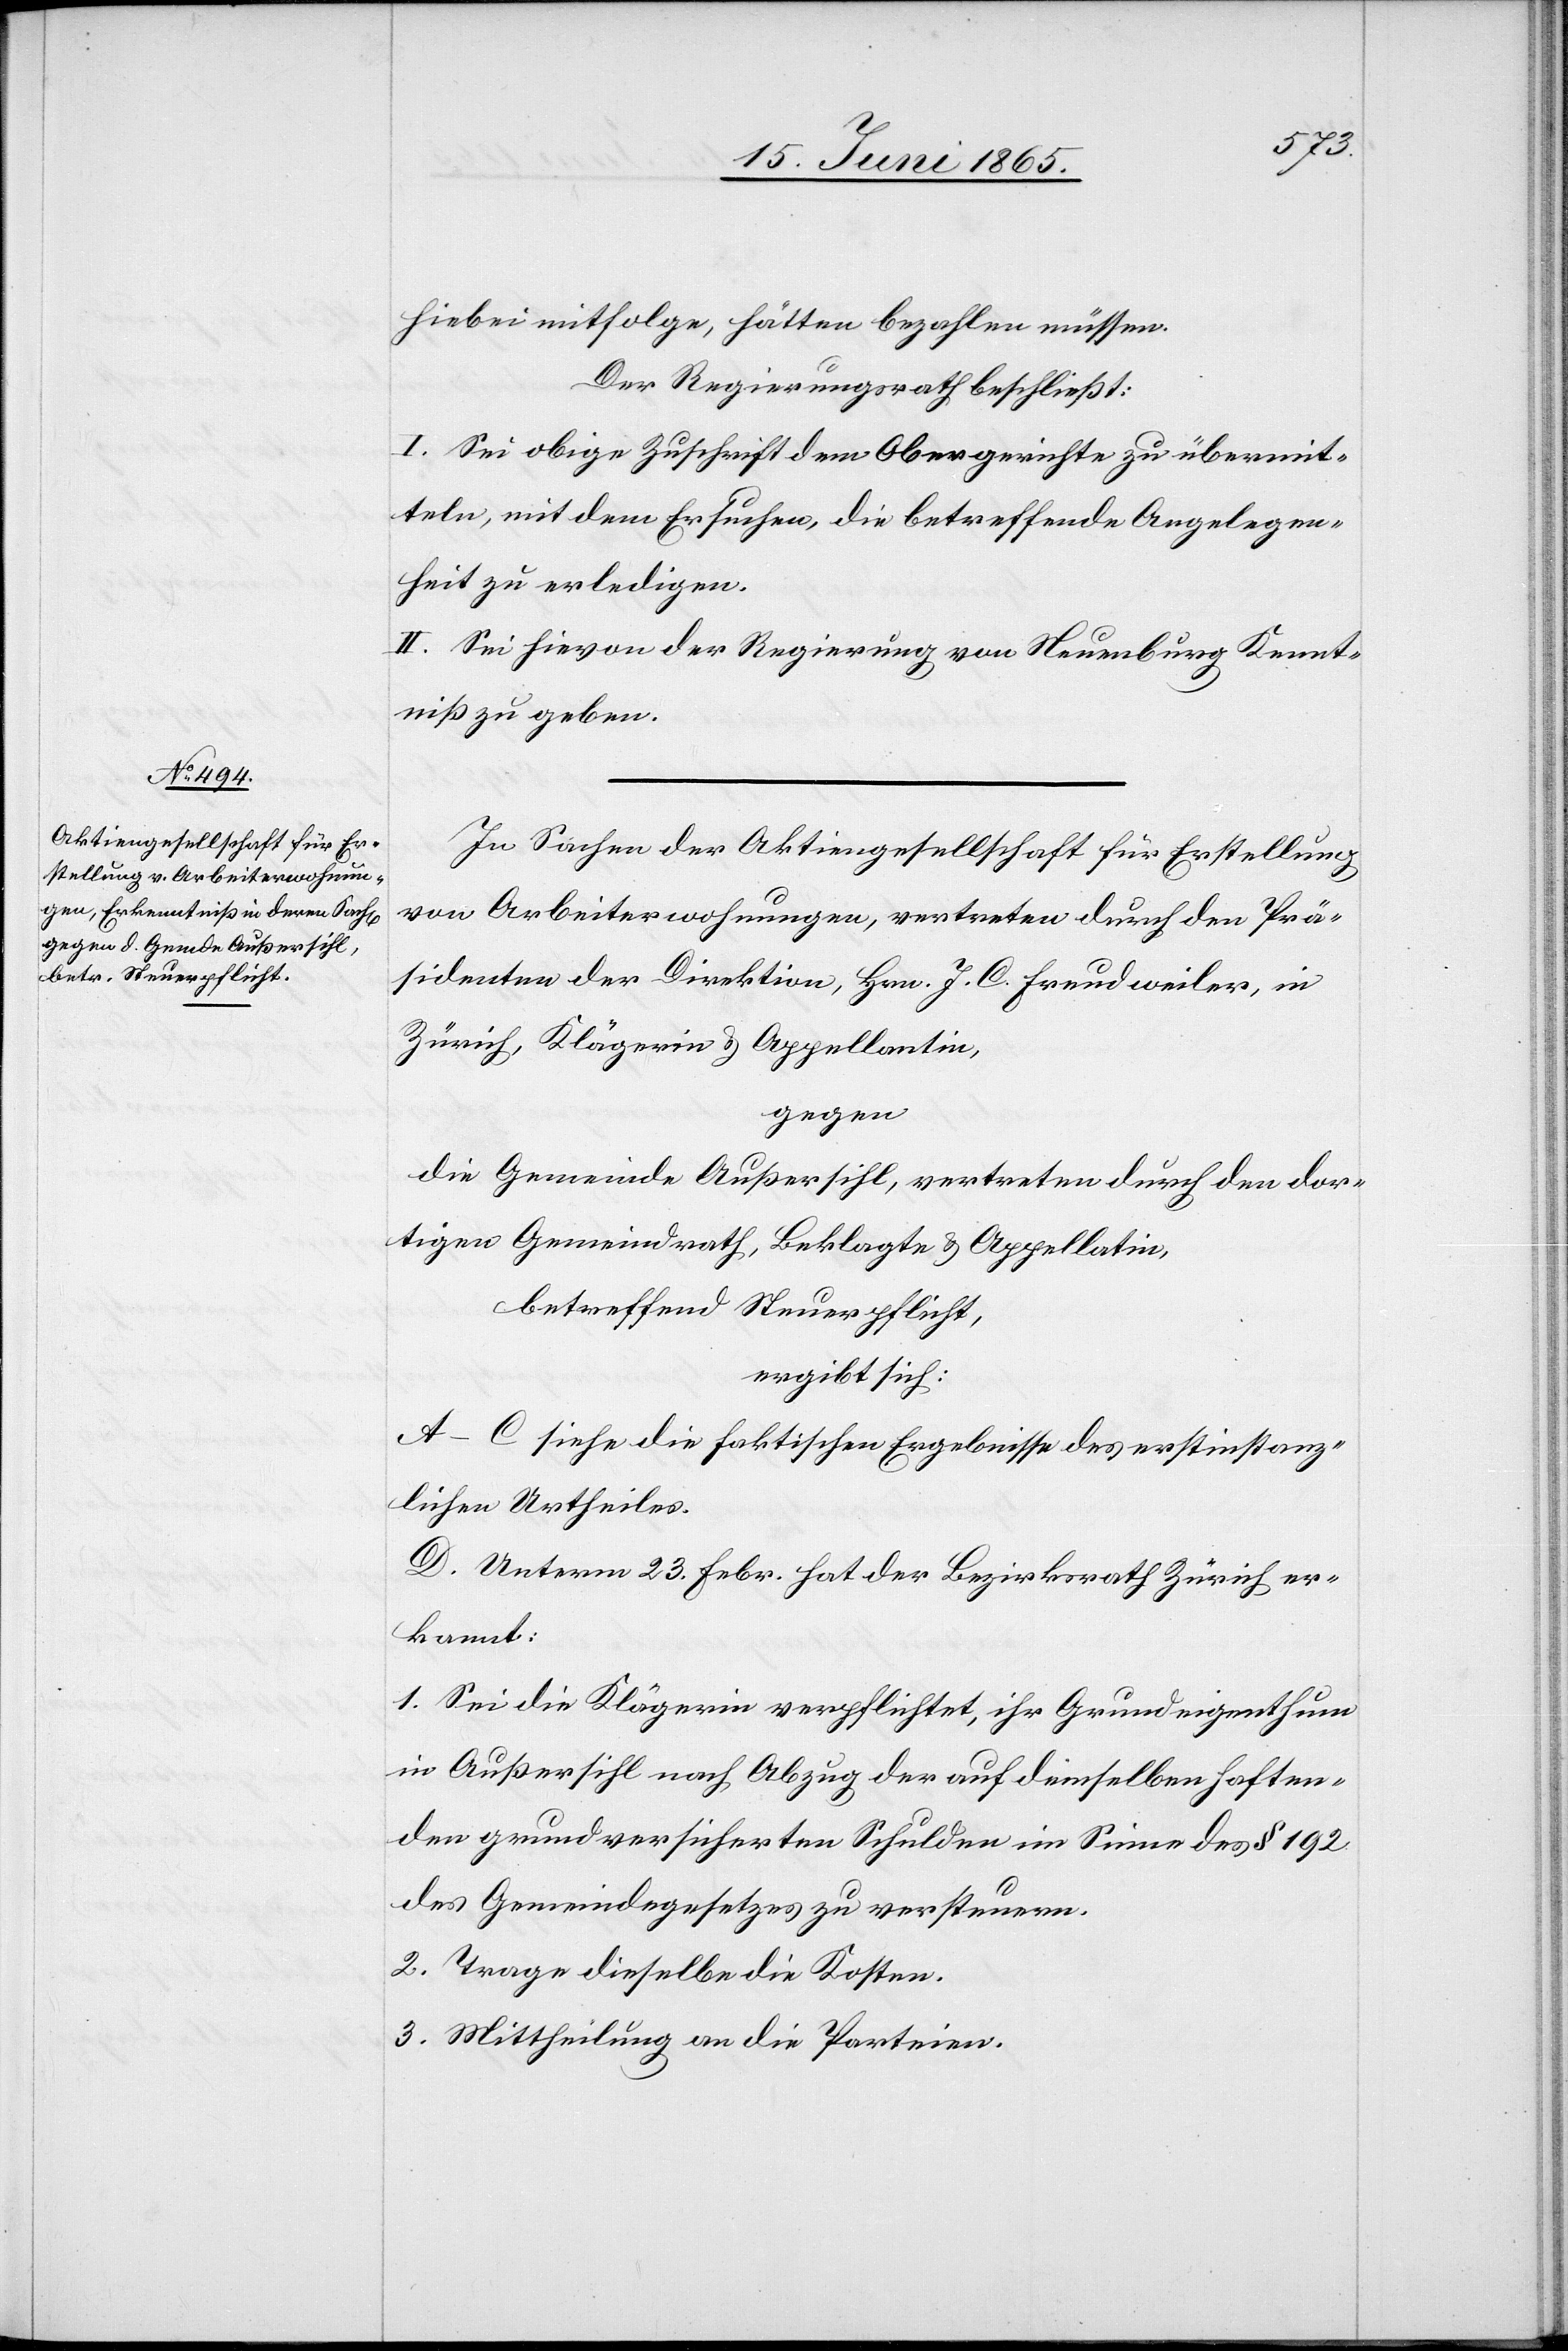
hiebei mitfolge, hätten bezahlen müssen.
Der Regierungsrath beschließt:
I. Sei obige Zuschrift dem Obergerichte zu übermit¬
teln, mit dem Ersuchen, die betreffende Angelegen¬
heit zu erledigen.
II. Sei hievon der Regierung von Neuenburg Kennt¬
niß zu geben.
In Sachen der Aktiengesellschaft für Erstellung
von Arbeiterwohnungen, vertreten durch den Prä¬
sidenten der Direktion, Hrn. J. C. Freudweiler, in
Zürich, Klägerin & Appellantin,
gegen
die Gemeinde Außersihl, vertreten durch den dor¬
tigen Gemeindrath, Beklagte & Appellatin,
betreffend Steuerpflicht,
ergibt sich:
A–C siehe die faktischen Ergebnisse des erstinstanz¬
lichen Urtheiles.
D. Unterm 23. Febr. hat der Bezirksrath Zürich er¬
kannt:
1. Sei die Klägerin verpflichtet, ihr Grundeigenthum
in Außersihl nach Abzug der auf demselben haften¬
den grundversicherten Schulden im Sinne des § 192
des Gemeindegesetzes zu versteuern.
2. Trage dieselbe die Kosten.
3. Mittheilung an die Parteien.